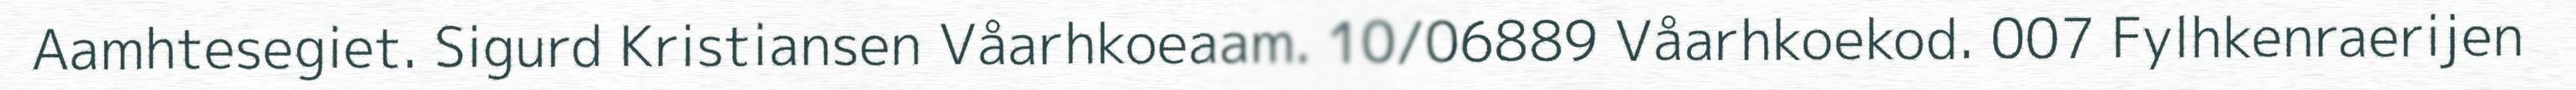
Aamhtesegiet. Sigurd Kristiansen Våarhkoeaam. 10/06889 Våarhkoekod. 007 Fylhkenraerijen